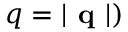
q = | \textbf { q } | )